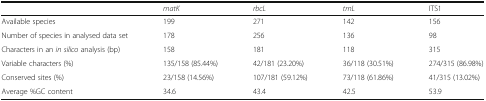
<table><thead><tr><td></td><td><b><i>matK</i></b></td><td><b><i>rbcL</i></b></td><td><b><i>trnL</i></b></td><td><b>ITS1</b></td></tr></thead><tbody><tr><td>Available species</td><td>199</td><td>271</td><td>142</td><td>156</td></tr><tr><td>Number of species in analysed data set</td><td>178</td><td>256</td><td>136</td><td>98</td></tr><tr><td>Characters in an <i>in silico</i> analysis (bp)</td><td>158</td><td>181</td><td>118</td><td>315</td></tr><tr><td>Variable characters (%)</td><td>135/158 (85.44%)</td><td>42/181 (23.20%)</td><td>36/118 (30.51%)</td><td>274/315 (86.98%)</td></tr><tr><td>Conserved sites (%)</td><td>23/158 (14.56%)</td><td>107/181 (59.12%)</td><td>73/118 (61.86%)</td><td>41/315 (13.02%)</td></tr><tr><td>Average %GC content</td><td>34.6</td><td>43.4</td><td>42.5</td><td>53.9</td></tr></tbody></table>